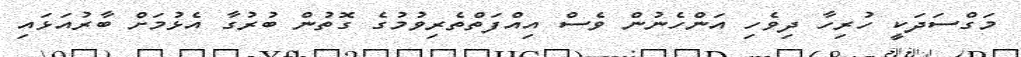
މަގްސަދަކީ ހުރިހާ ދިވެހި އަންހެނުން ވެސް އިއްފަތްތެރިވުމުގެ ގޮތުން ބުރުގާ އެޅުމަށް ބާރުއަޅައި